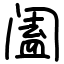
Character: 阖